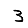
Digit: 3